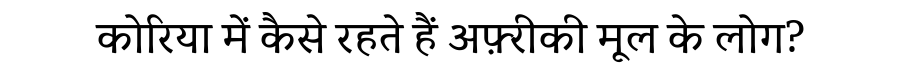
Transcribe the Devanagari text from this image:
कोरिया में कैसे रहते हैं अफ़्रीकी मूल के लोग?